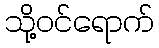
သို့ဝင်ရောက်